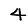
Digit: 4